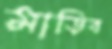
মাড়িব